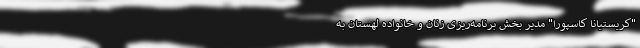
"کریستیانا کاسپورا" مدیر بخش برنامه‌ریزی زنان و خانواده لهستان به